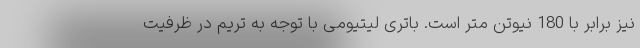
نیز برابر با 180 نیوتن متر است. باتری لیتیومی با توجه به تریم در ظرفیت